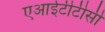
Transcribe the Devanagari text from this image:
एआईटीटीसी